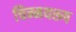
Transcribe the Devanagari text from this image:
चिन्मयरूप